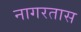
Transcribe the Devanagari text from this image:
नागरतास